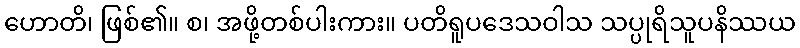
ဟောတိ၊ ဖြစ်၏။ စ၊ အဖို့တစ်ပါးကား။ ပတိရူပဒေသဝါသ သပ္ပုရိသူပနိဿယ